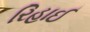
રિહાઈ